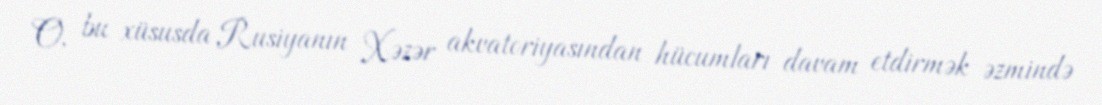
O, bu xüsusda Rusiyanın Xəzər akvatoriyasından hücumları davam etdirmək əzmində